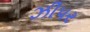
ઝીપર